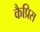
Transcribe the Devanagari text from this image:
कैप्रिस